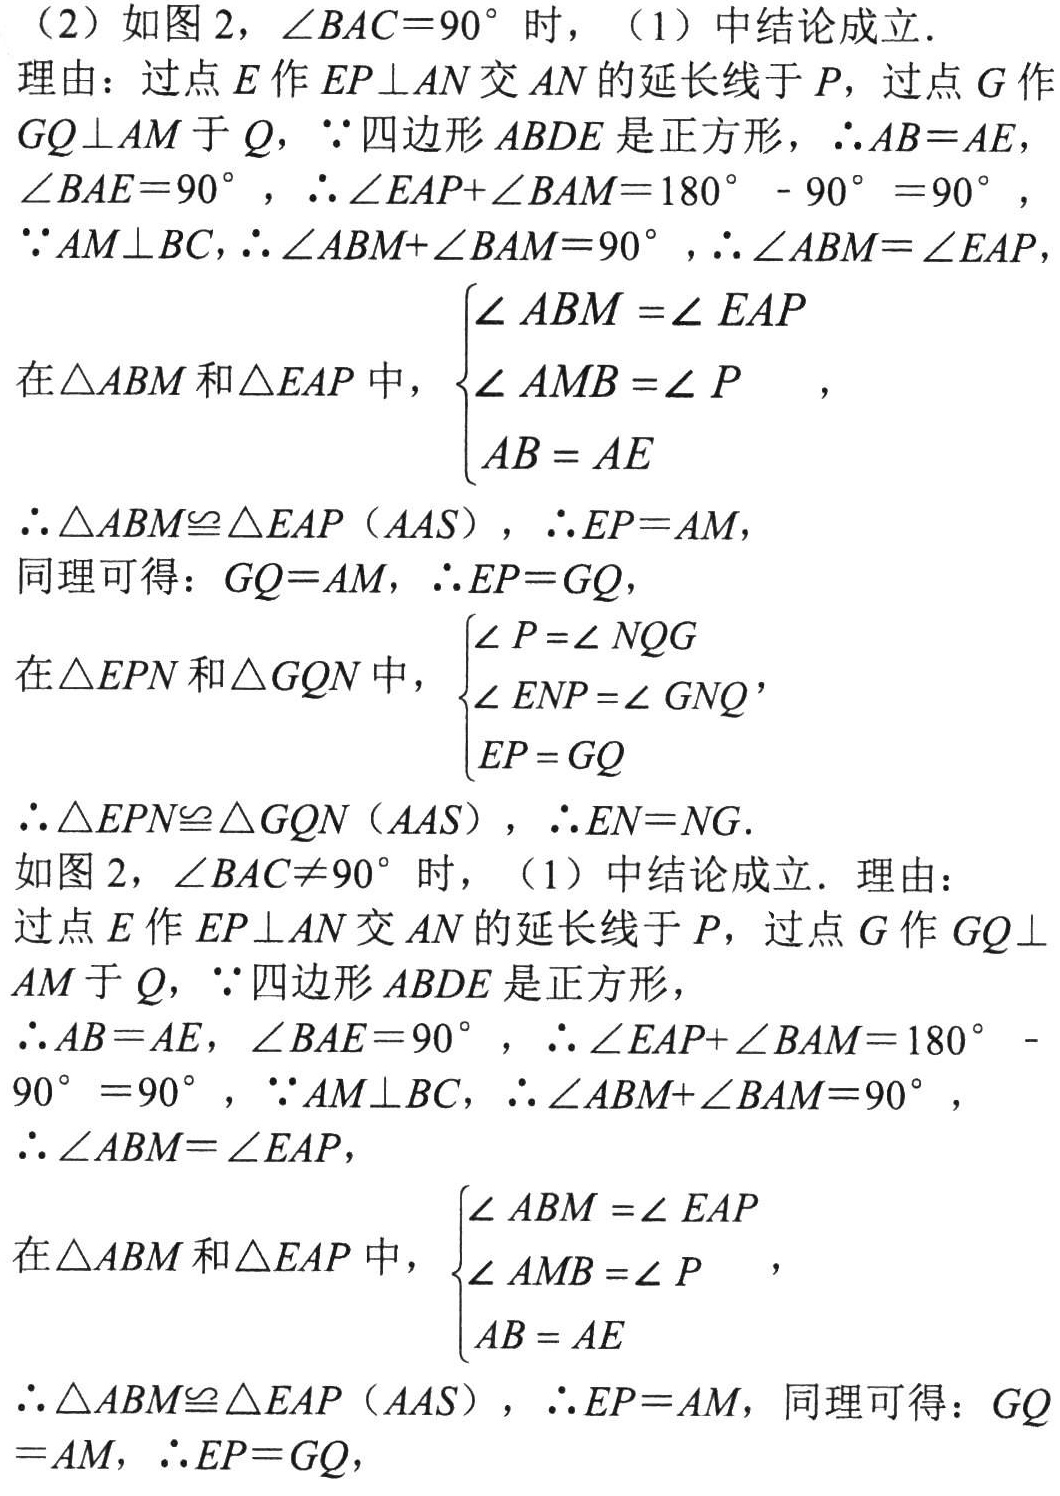
(2) 如图 2，\(\angle BAC = 90^{\circ}\)时，(1)中结论成立．
理由：过点\(E\)作\(EP\perp AN\)交\(AN\)的延长线于\(P\)，过点\(G\)作
\(GQ\perp AM\)于\(Q\)，\(\because\)四边形\(ABDE\)是正方形，\(\therefore AB = AE\)，
\(\angle BAE = 90^{\circ}\)，\(\therefore\angle EAP+\angle BAM = 180^{\circ}-90^{\circ}=90^{\circ}\)，
\(\because AM\perp BC\)，\(\therefore\angle ABM+\angle BAM = 90^{\circ}\)，\(\therefore\angle ABM=\angle EAP\)
在\(\triangle ABM\)和\(\triangle EAP\)中，\(\begin{cases}\angle ABM=\angle EAP\\\angle AMB=\angle P\\AB = AE\end{cases}\)，
\(\therefore\triangle ABM\cong\triangle EAP(AAS)\)，\(\therefore EP = AM\)，
同理可得：\(GQ = AM\)，\(\therefore EP = GQ\)，
在\(\triangle EPN\)和\(\triangle GQN\)中，\(\begin{cases}\angle P=\angle NQG\\\angle ENP=\angle GNQ\\EP = GQ\end{cases}\)，
\(\therefore\triangle EPN\cong\triangle GQN(AAS)\)，\(\therefore EN = NG\)．
如图 2，\(\angle BAC\neq90^{\circ}\)时，(1)中结论成立．理由：
过点\(E\)作\(EP\perp AN\)交\(AN\)的延长线于\(P\)，过点\(G\)作\(GQ\perp\)
\(AM\)于\(Q\)，\(\because\)四边形\(ABDE\)是正方形，
\(\therefore AB = AE\)，\(\angle BAE = 90^{\circ}\)，\(\therefore\angle EAP+\angle BAM = 180^{\circ}-
90^{\circ}=90^{\circ}\)，\(\because AM\perp BC\)，\(\therefore\angle ABM+\angle BAM = 90^{\circ}\)，
\(\therefore\angle ABM=\angle EAP\)，
在\(\triangle ABM\)和\(\triangle EAP\)中，\(\begin{cases}\angle ABM=\angle EAP\\\angle AMB=\angle P\\AB = AE\end{cases}\)，
\(\therefore\triangle ABM\cong\triangle EAP(AAS)\)，\(\therefore EP = AM\)，同理可得：\(GQ\)
\(= AM\)，\(\therefore EP = GQ\)，